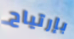
بإرتياح